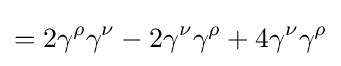
=2\gamma ^{\rho }\gamma ^{\nu }-2\gamma ^{\nu }\gamma ^{\rho }+4\gamma ^{\nu }\gamma ^{\rho }